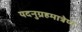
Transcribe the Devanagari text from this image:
यदनुग्रहमात्रेण